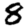
Digit: 8